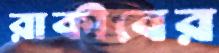
রাকীবের